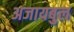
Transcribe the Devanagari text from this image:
अजायबुल